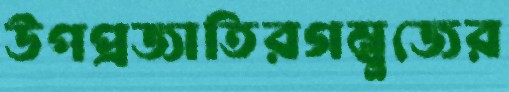
উপপ্রজাতিরগম্বুজের